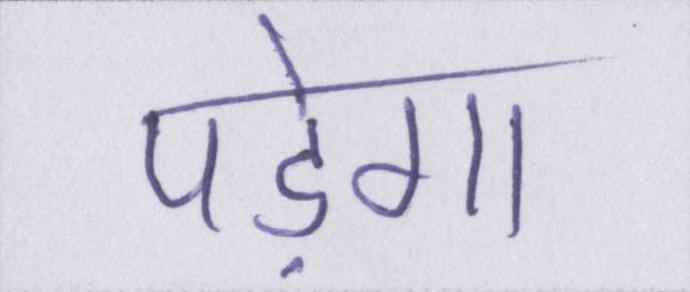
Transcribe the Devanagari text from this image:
पड़ेगा